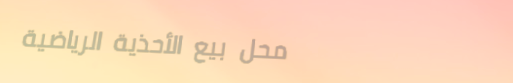
محل بيع الأحذية الرياضية